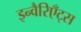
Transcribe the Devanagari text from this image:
इन्वैरिएँट्स